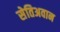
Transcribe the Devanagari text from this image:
सेतिअवान